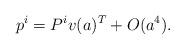
LaTeX: \begin{align*}p^i = P^i v(a)^T +O(a^4).\end{align*}